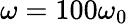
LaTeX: \omega=100\omega_{0}